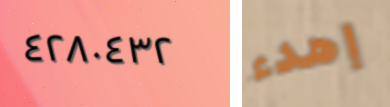
٤٢٨٠٤٣٢ إهدء